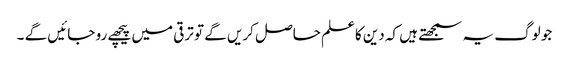
جو لوگ یہ سمجھتے ہیں کہ دین کاعلم حاصل کریں گے تو ترقی میں پیچھے رو جائیں گے ۔